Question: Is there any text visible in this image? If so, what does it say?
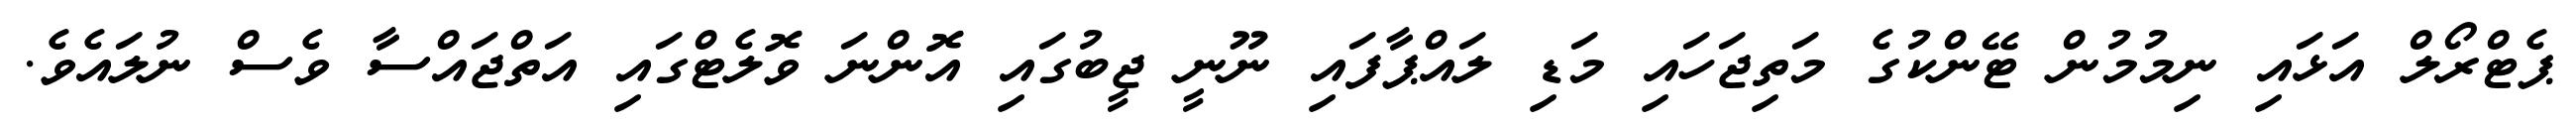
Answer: ޕެޓްރޯލް އަޅައި ނިމުމުން ޓޭންކުގެ މަތިޖަހައި މަޑި ލައްޕާފައި ނޫނީ ޖީބުގައި އޮންނަ ވޮލެޓްގައި އަތްޖައްސާ ވެސް ނުލައެވެ.